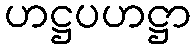
ဟဋ္ဌပဟဋ္ဌာ